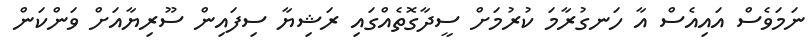
ނަމަވެސް އައިއެސް އާ ހަނގުރާމަ ކުރުމަށް ސީދާގޮތެއްގައި ރަޝިޔާ ސިފައިން ސޫރިޔާއަށް ވަންކަން